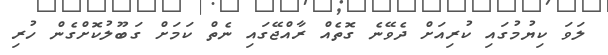
ލަވަ ކިޔުމުގައި ކުރިއަށް ދެވޭނެ ގޮތެއް ރާއްޖޭގައި ނެތް ކަމަށް ގަބޫލުކޮށްގެން ހުރި